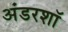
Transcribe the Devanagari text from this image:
अंडरशॉ